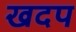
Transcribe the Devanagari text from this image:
खदप